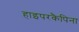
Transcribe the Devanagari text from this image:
हाइपरकैपिना